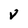
Character: v